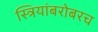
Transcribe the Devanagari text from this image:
स्त्रियांबरोबरच